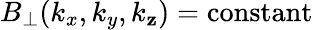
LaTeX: B_{\perp}(k_{x},k_{y},k_{\mathbf{z}})=\mathrm{{constant}}